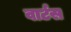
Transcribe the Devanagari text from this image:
वार्टस